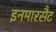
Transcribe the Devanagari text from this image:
इनमारसैट